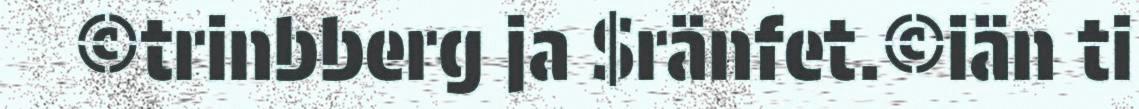
©trinbberg ja $ränfet.©iän ti